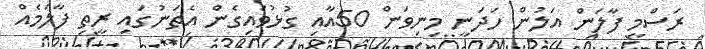
ރަސްމީ ފާލަން އަލުން ހަދަނީ މިނިވަން 50އާއި ގުޅުވައިގެން އެތަނުގައި ރީތި ފާލަމެއް